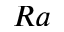
R a